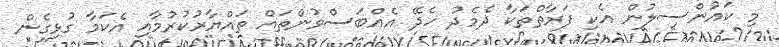
މި ކައުންސިލުން އެކި ފަރާތްތަކާ ދެމެދު ހެދޭ އެއްބަސްވުންތައް ތައްޔާރުކުރުމާއި އެކަމާ ގުޅިގެން